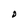
Character: D